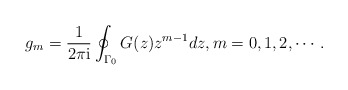
\begin{align*} g_m = \frac{1}{2\pi\mathrm{i}} \oint_{\Gamma_0} G(z) z^{m-1} dz, m = 0,1,2, \cdots. \end{align*}